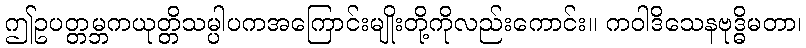
ဤဥပတ္တမ္ဘကယုတ္တိသမ္ပါပကအကြောင်းမျိုးတို့ကိုလည်းကောင်း။ ကဝါဒိသေနဗုဒ္ဓိမတာ၊